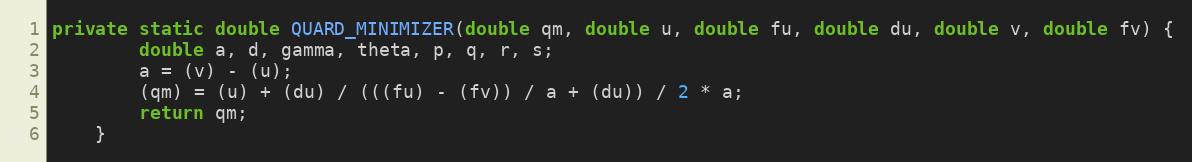
Language: Java
private static double QUARD_MINIMIZER(double qm, double u, double fu, double du, double v, double fv) {
        double a, d, gamma, theta, p, q, r, s;
        a = (v) - (u);
        (qm) = (u) + (du) / (((fu) - (fv)) / a + (du)) / 2 * a;
        return qm;
    }